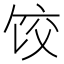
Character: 饺